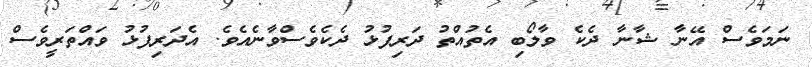
ނަމަވެސް އޭނާ ޝާނާ ދެކެ ވާލޯބި އެތުއްތު ދަރިފުޅު ދެކެވެސްވާނެއެވެ. އެދަރިފުޅު ވައްތަރީވެސް